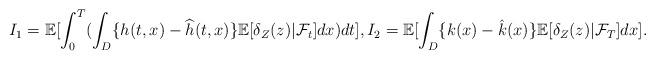
LaTeX: \begin{align*} I_1=\mathbb{E}[\int_0^T(\int_D\{h(t,x)-\widehat{h}(t,x)\}\mathbb{E}[\delta_Z(z)|\mathcal{F}_t]dx)dt], I_2=\mathbb{E}[\int_D\{k(x)-\hat{k}(x)\}\mathbb{E}[\delta_Z(z)|\mathcal{F}_T]dx]. \end{align*}